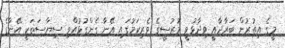
މީގެ އިތުރުން ބަރާދާއީ ވިދާޅުވީ މުރުސީގެ ވެރިކަމުގައި އޭނާ ގެންގުޅުއްވި ސިޔާސަތަކީ އޭނާގެ